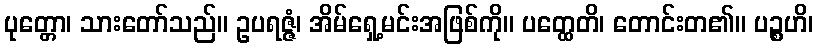
ပုတ္တော၊ သားတော်သည်။ ဥပရဇ္ဇံ၊ အိမ်ရှေ့မင်းအဖြစ်ကို။ ပတ္ထေတိ၊ တောင်းတ၏။ ပဉ္စဟိ၊